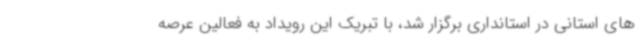
های استانی در استانداری برگزار شد، با تبریک این رویداد به فعالین عرصه